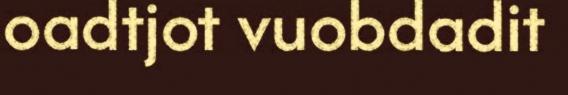
oadtjot vuobdadit